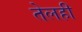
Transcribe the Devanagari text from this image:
तेलही